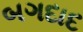
બગદાદ